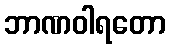
ဘာဏဝါရတော